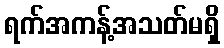
ရက်အကန့်အသတ်မရှိ